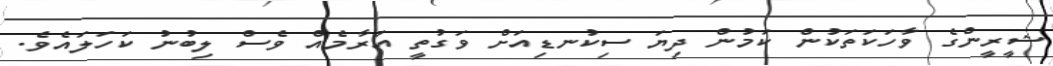
ޝީރީންގެ ވާހަކަތަކުން ކަމުން ދިޔަ ސިކުނޑިއަށް ވަގުތީ އަރާމެއް ވެސް ލިބުނު ކަހަލައެވެ.